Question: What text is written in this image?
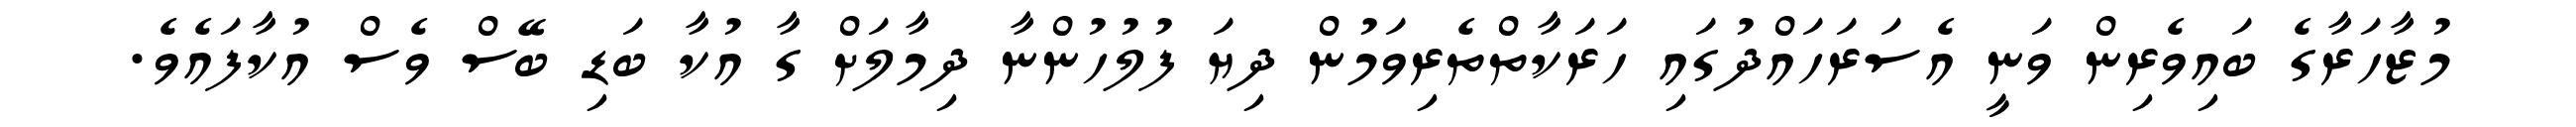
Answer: މުޒާހަރާގެ ބައިވެރިން ވަނީ އެސަރަހައްދުގައި ހަރަކާތްތެރިވަމުން ދިޔަ ފުލުހުންނާ ދިމާލަށް ގާ އުކާ ބަޑި ބޭސް ވެސް އުކާފައެވެ.